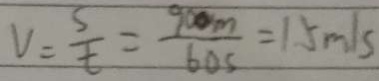
V = \frac { s } { t } = \frac { 9 0 m } { 6 0 5 } = 1 5 m / s